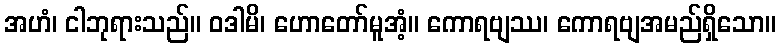
အဟံ၊ ငါဘုရားသည်။ ဝဒါမိ၊ ဟောတော်မူအံ့။ ကောရဗျဿ၊ ကောရဗျအမည်ရှိသော။